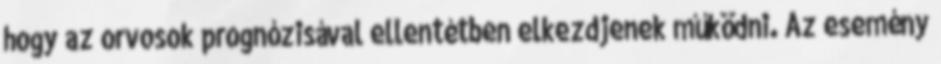
hogy az orvosok prognózisával ellentétben elkezdjenek működni. Az esemény